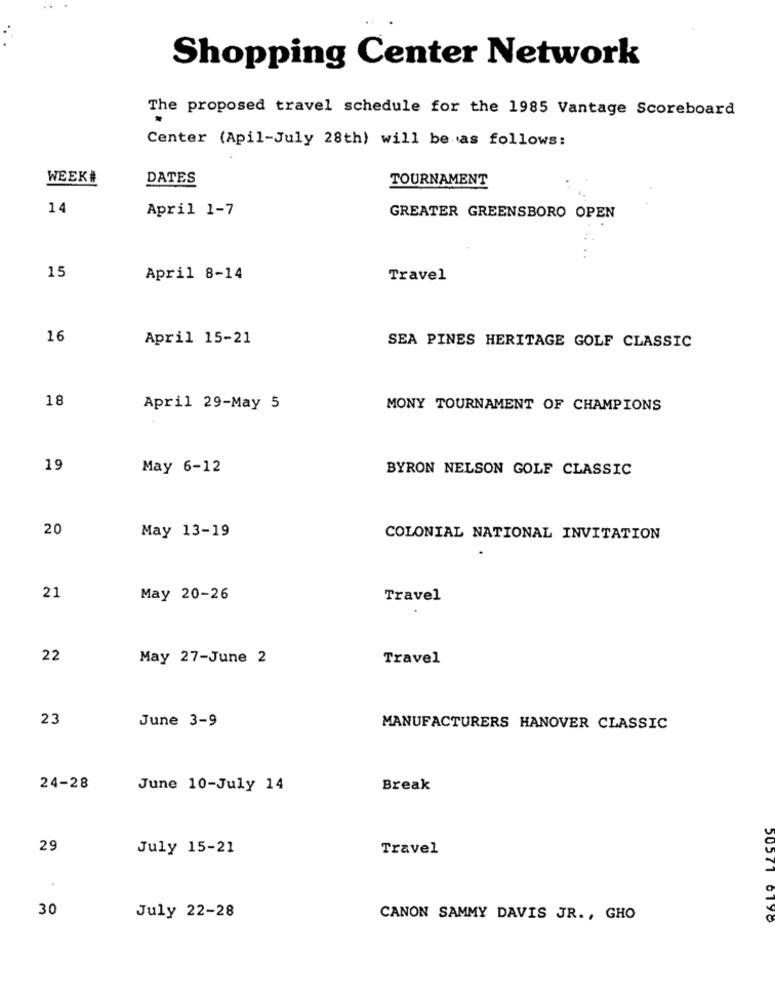
Shopping Center Network
The proposed travel schedule for the 1985 Vantage Scoreboard
Center (Apil-July 28th) will be as follows:
WEEK#
DATES
TOURNAMENT
14
April 1-7
GREATER GREENSBORO OPEN
15
April 8-14
Travel
16
April 15-21
SEA PINES HERITAGE GOLF CLASSIC
18
April 29-May 5
MONY TOURNAMENT OF CHAMPIONS
19
May 6-12
BYRON NELSON GOLF CLASSIC
20
May 13-19
COLONIAL NATIONAL INVITATION
21
May 20-26
Travel
22
May 27-June 2
Travel
23
June 3-9
MANUFACTURERS HANOVER CLASSIC
24-28
June 10-July 14
Break
29
July 15-21
Travel
30
July 22-28
CANON SAMMY DAVIS JR ., GHO
50571 6190